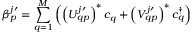
\beta _ { p } ^ { j \prime } = \sum _ { q = 1 } ^ { M } \left( \left( U _ { q p } ^ { j \prime } \right) ^ { * } c _ { q } + \left( V _ { q p } ^ { j \prime } \right) ^ { * } c _ { q } ^ { \dag } \right)